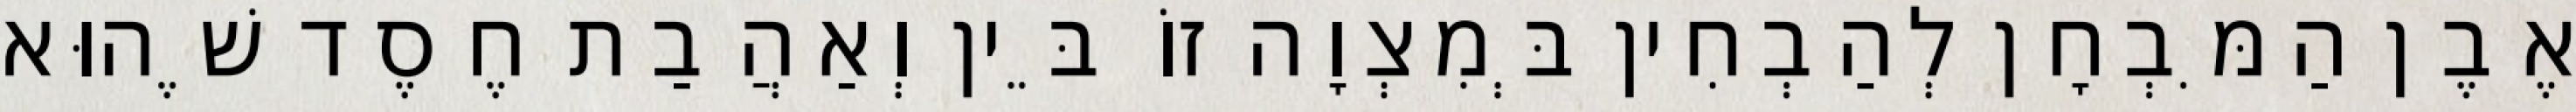
אֶבֶן הַמִּבְחָן לְהַבְחִין בְּמִצְוָה זוֹ בֵּין וְאַהֲבַת חֶסֶד שֶׁהוּא